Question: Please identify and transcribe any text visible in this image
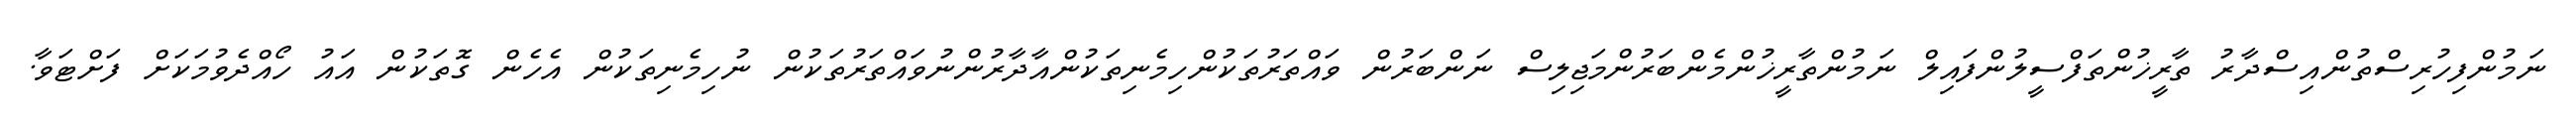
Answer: ނަމުންފިހުރިސްތުންއިސްދާރު ތާރީޚުންތަފްސީލުންފައިލް ނަމުންތާރީޚުންމެންބަރުންމަޖިލިސް ނަންބަރުން ވައްތަރުތަކުންހިމެނިތަކުންއާދާރުންނުވައްތަރުތަކުން ނުހިމެނިތަކުން އެހެން ގޮތަކުން އައު ހޯއްދެވުމަކަށް ފަށްޓަވާ.